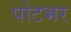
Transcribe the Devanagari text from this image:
पोटभर